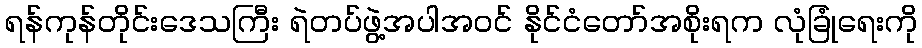
ရန်ကုန်တိုင်းဒေသကြီး ရဲတပ်ဖွဲ့အပါအဝင် နိုင်ငံတော်အစိုးရက လုံခြုံရေးကို